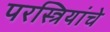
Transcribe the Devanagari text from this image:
परस्त्रियांचे